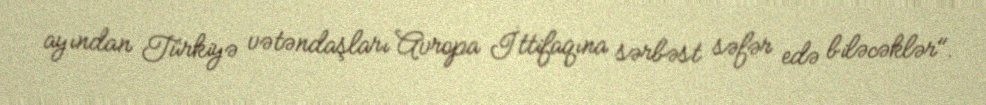
ayından Türkiyə vətəndaşları Avropa İttifaqına sərbəst səfər edə biləcəklər".